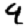
Digit: 9